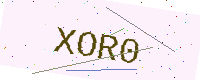
Text: XOR0